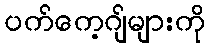
ပက်ကေ့ဂျ်များကို